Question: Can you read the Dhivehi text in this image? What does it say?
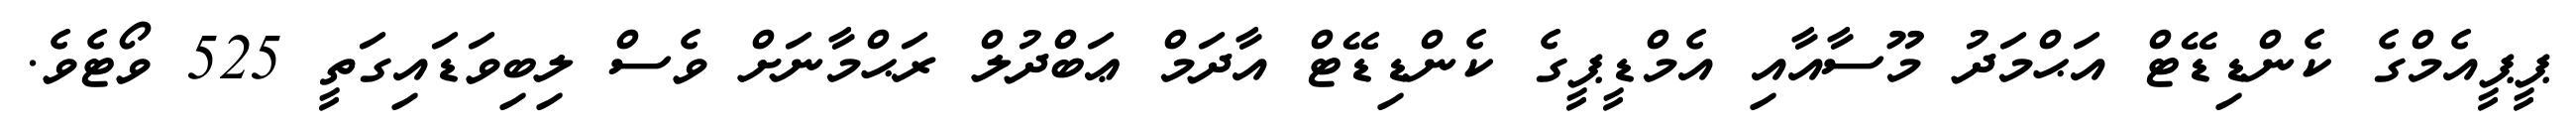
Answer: ޕީޕީއެމްގެ ކެންޑިޑޭޓް އަޙްމަދު މޫސާއާއި އެމްޑީޕީގެ ކެންޑިޑޭޓް އާދަމް ޢަބްދުލް ރަޙްމާނަށް ވެސް ލިބިވަޑައިގަތީ 525 ވޯޓެވެ.